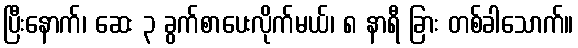
ပြီးနောက်၊ ဆေး ၃ ခွက်စာပေးလိုက်မယ်၊ ၈ နာရီ ခြား တစ်ခါသောက်။